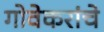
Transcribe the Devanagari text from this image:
गोवेकरांचे